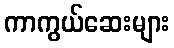
ကာကွယ်ဆေးများ